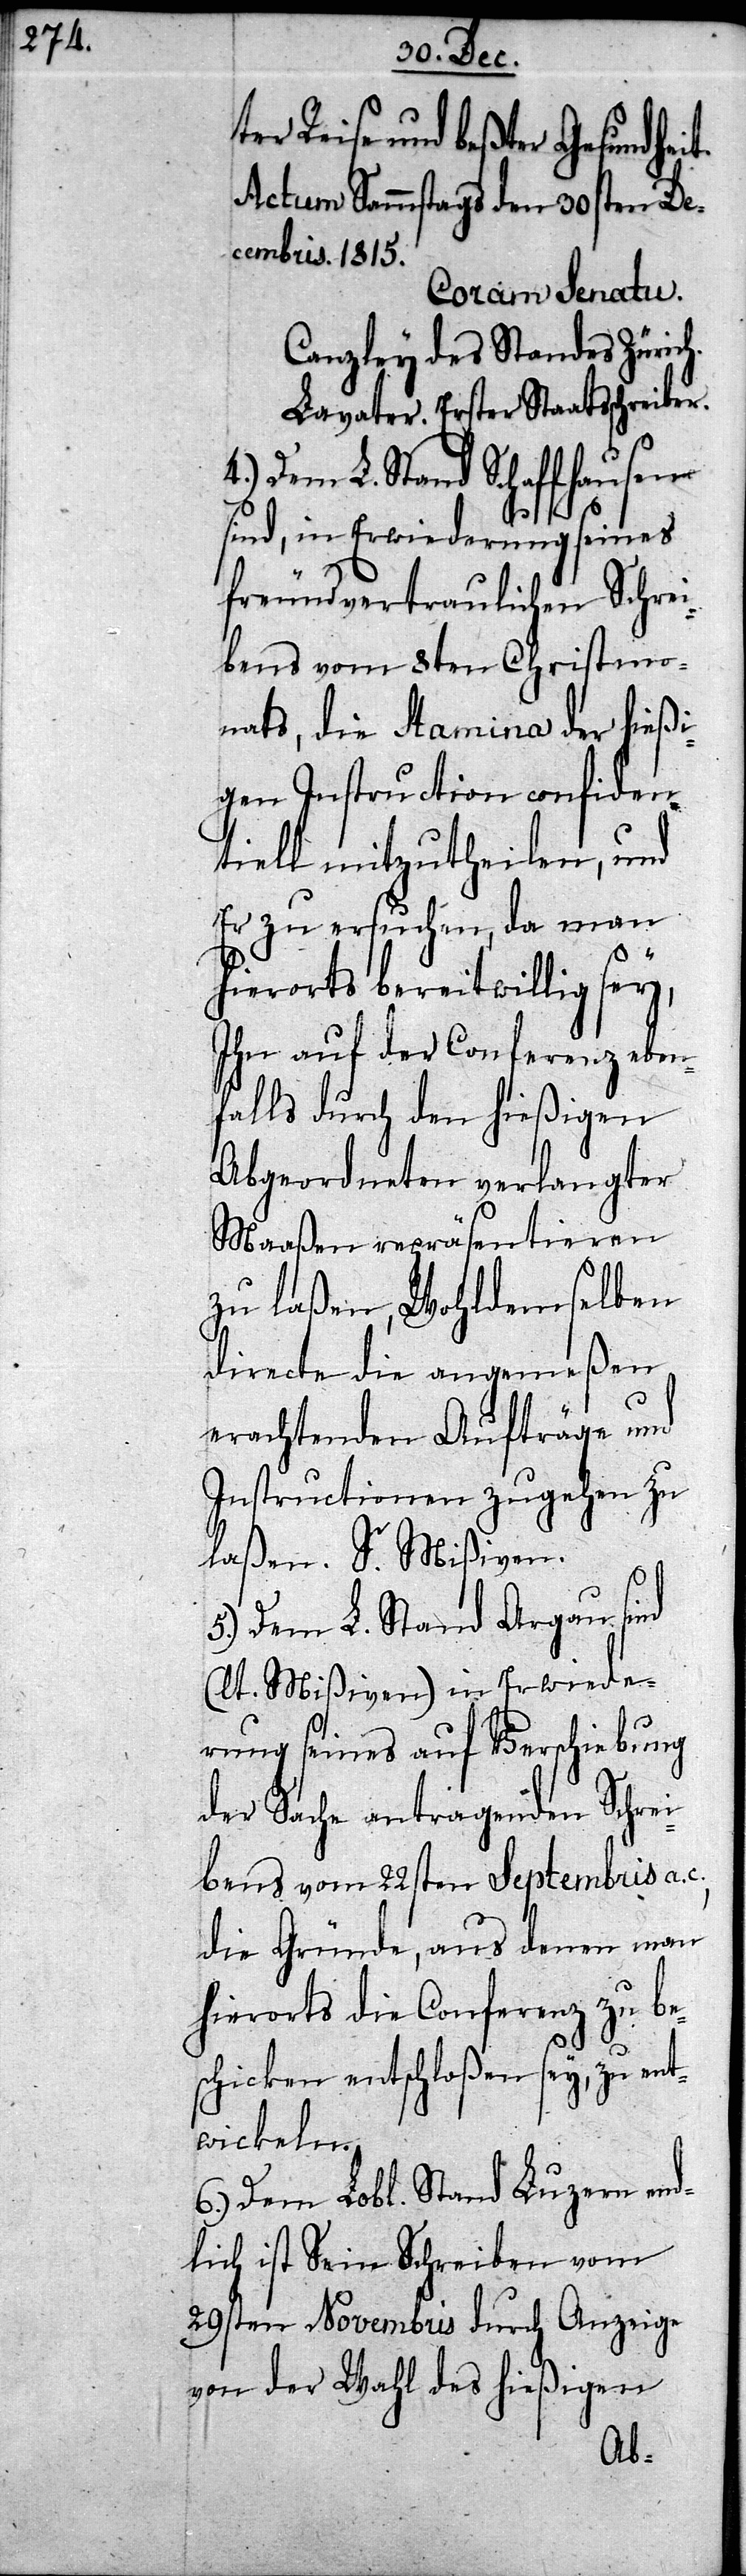
ter Reise und beßter Gesundhei¬
Actum Sammstags den 30sten De¬
cembris. 1815.
Coram Senatu.
Canzley des Standes Zürich.
Lavater. Erster Staatsschreiber.
Dem L. Stand Schaffhausen
sind, in Erwiederung seines
freundvertraulichen Schrei¬
bens vom 8ten Christmo¬
nats, die Stamina der hießi¬
gen Instruction confiden¬
tiell mitzutheilen, und
Er zu ersuchen, da man
hierorts bereitwillig sey,
Ihn auf der Conferenz eben¬
falls durch den hießigen
Abgeordneten verlangter
Maaßen repräsentieren
zu laßen, Wohld¬
denen
directe die angemeß¬
erachteten Aufträge und
nz zu
Instructionen zug¬
laßen. S. Mißiven.
gau
5.) Dem L. Stand Ar¬
a.
(lt. Mißiven) in Erw¬
rung seines auf Verschiebung
bes¬
der Sache antragend¬
bens vom 22sten Se¬
man
die Gründe, aus
iede¬
hierorts die Confere¬
chicken entschloßen sey, zu ent¬
wickeln.
6.) Dem Lobl. Stand Luzern end¬
lich ist Sein Schreiben vom
29sten Novembris durch Anzeige
von der Wahl des hießigen
Sc¬